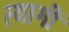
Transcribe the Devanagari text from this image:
त्यागीं